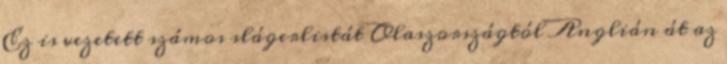
Ez is vezetett számos slágerlistát Olaszországtól Anglián át az